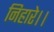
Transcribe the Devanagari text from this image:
निहारे।।